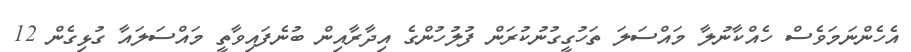
އެހެންނަމަވެސް ހެއްކާނުލާ މައްސަލަ ތަހުގީގުނުކުރަން ފުލުހުންގެ އިދާރާއިން ބުނެފައިވާތީ މައްސަލައާ ގުޅިގެން 12